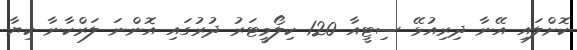
ކޮށްލައި އޭނާ ދިރިއުޅޭ ސިޓީއާ 120 ކިލޯމީޓަރު ދުރުގައި އޮންނަ ލަރްކާނާ ކިޔާ